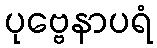
ပုဗ္ဗေနာပရံ